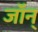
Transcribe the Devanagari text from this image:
जॉन्